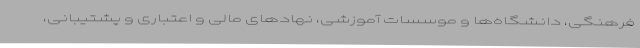
فرهنگی، دانشگاه‌ها و موسسات آموزشی، نهادهای مالی و اعتباری و پشتیبانی،